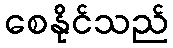
စေနိုင်သည်